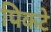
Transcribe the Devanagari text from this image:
पिकटे